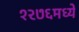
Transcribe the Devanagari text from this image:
१२७६मध्ये